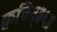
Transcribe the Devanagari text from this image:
क्वचित्॥६॥